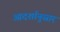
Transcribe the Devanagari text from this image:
आदर्शानुसार